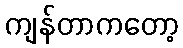
ကျန်တာကတော့